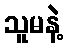
သူမနဲ့